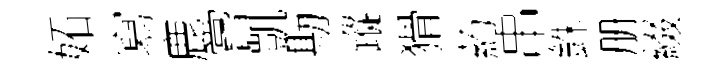
妬寫鹿嘗凱勘蹤猾葯串銖册綴